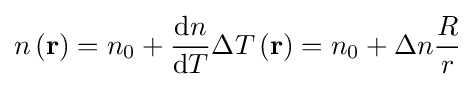
n\left(\mathbf {r} \right)=n_{0}+{\frac {\mathrm {d} n}{\mathrm {d} T}}\Delta T\left(\mathbf {r} \right)=n_{0}+\Delta n{\frac {R}{r}}